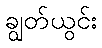
ချွတ်ယွင်း